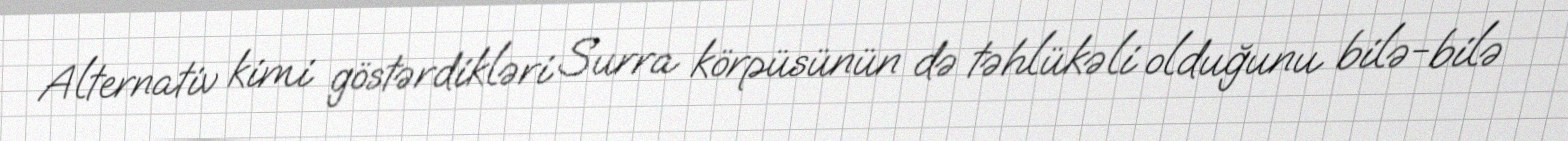
Alternativ kimi göstərdikləri Surra körpüsünün də təhlükəli olduğunu bilə-bilə